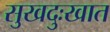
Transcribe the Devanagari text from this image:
सुखदुःखात